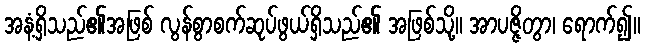
အနံ့ရှိသည်၏အဖြစ် လွန်စွာစက်ဆုပ်ဖွယ်ရှိသည်၏ အဖြစ်သို့။ အာပဇ္ဇိတွာ၊ ရောက်၍။